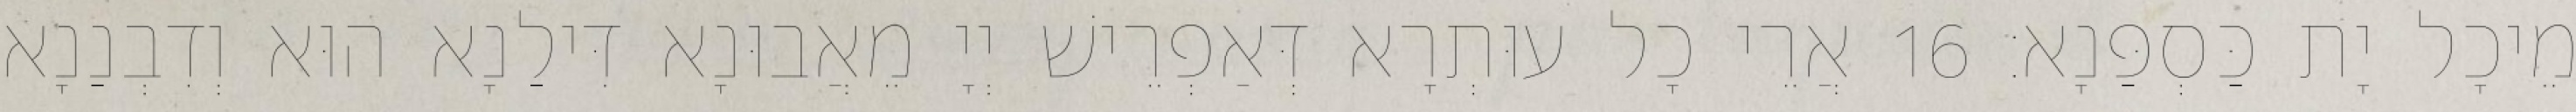
מֵיכָל יָת כַּסְפַּנָא׃ 16 אֲרֵי כָל עוּתְרָא דְּאַפְרֵישׁ יְיָ מֵאֲבוּנָא דִּילַנָא הוּא וְדִבְנַנָא